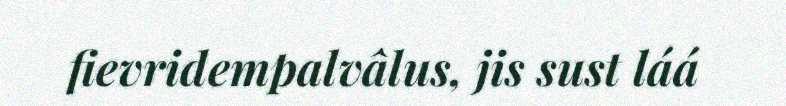
fievridempalvâlus, jis sust láá